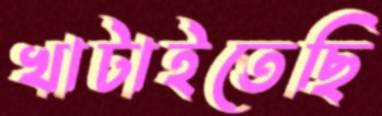
খাটাইতেছি